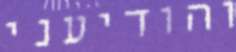
והודיעני